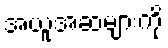
အယူအဆများကို